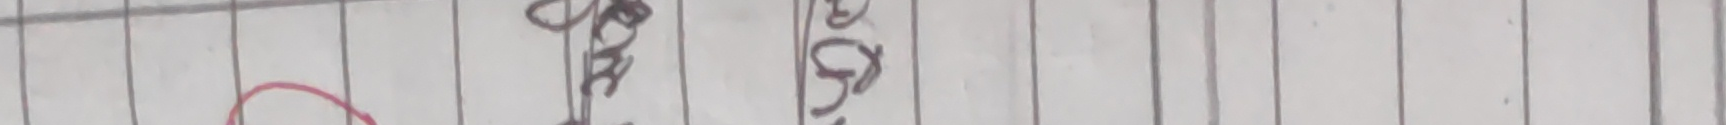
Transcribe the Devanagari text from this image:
३० अगदि अन